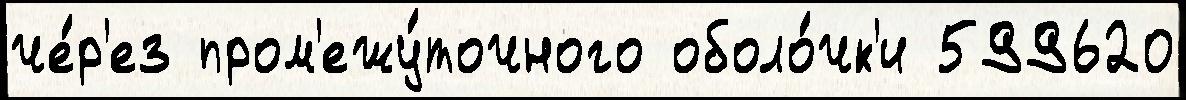
че́р'ез пром'ежу́точного оболо́чк'и 599620